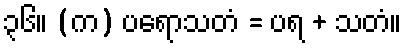
၃၆။ (က) ပရောသတံ = ပရ + သတံ။